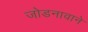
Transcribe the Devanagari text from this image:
जोडनावाने